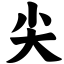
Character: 尖